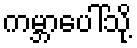
ကမ္ဘာပေါ်သို့